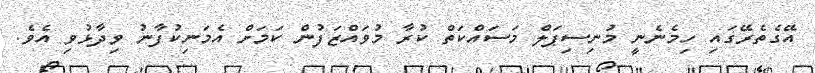
އޭގެތެރޭގައި ހިމެނެނީ މުނިސިޕަލް މަސައްކަތް ކުރާ މުވައްޒަފުން ކަމަށް އެމަނިކުފާނު ވިދާޅުވި އެވެ.